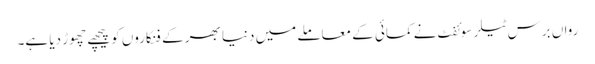
رواں برس ٹیلر سوئفٹ نے کمائی کے معاملے میں دنیا بھر کے فنکاروں کو پیچھے چھوڑ دیا ہے۔